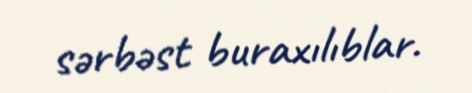
sərbəst buraxılıblar.